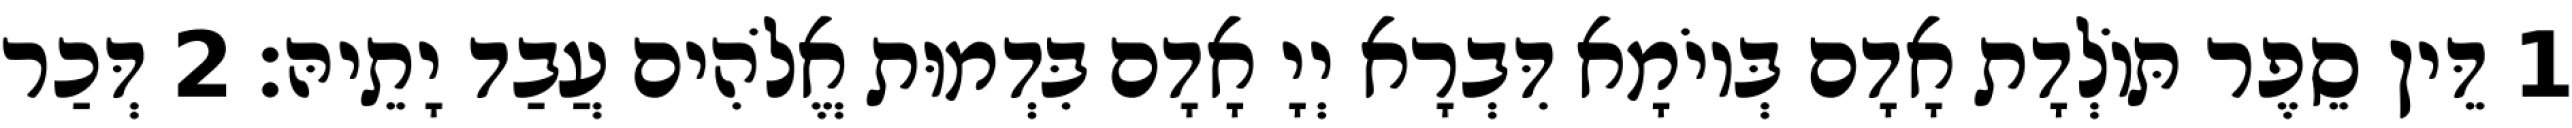
1 דֵּין סֵפֶר תּוֹלְדָת אָדָם בְּיוֹמָא דִּבְרָא יְיָ אָדָם בִּדְמוּת אֱלֹהִים עֲבַד יָתֵיהּ׃ 2 דְּכַר